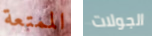
الممتعة الجولات